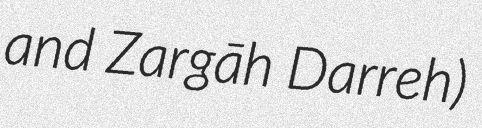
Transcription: and Zargāh Darreh)